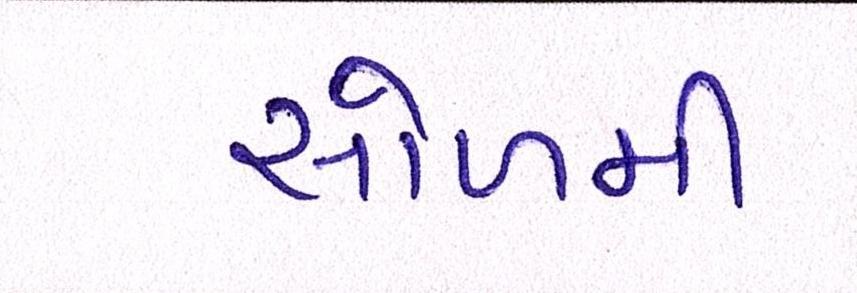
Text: સોળમી